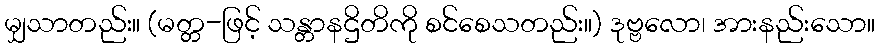
မျှသာတည်း။ (မတ္တ-ဖြင့် သန္တာနဌိတိကို စင်စေသတည်း။) ဒုဗ္ဗလော၊ အားနည်းသော။